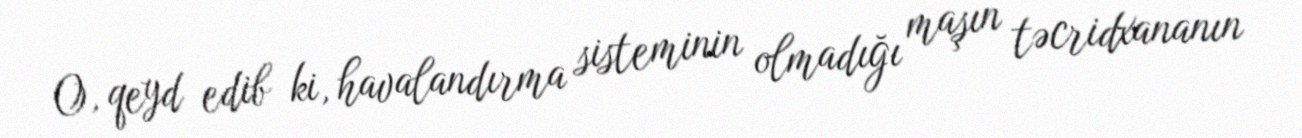
O, qeyd edib ki, havalandırma sisteminin olmadığı maşın təcridxananın